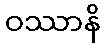
ဝဿာနိ